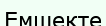
Емшекте